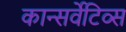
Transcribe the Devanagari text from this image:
कान्सर्वेटिव्स